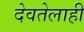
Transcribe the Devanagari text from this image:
देवतेलाही